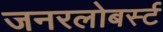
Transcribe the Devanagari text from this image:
जनरलोबर्स्ट